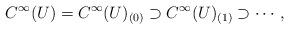
LaTeX: \begin{align*} C^\infty(U)=C^\infty(U)_{(0)}\supset C^\infty(U)_{(1)}\supset \cdots,\end{align*}